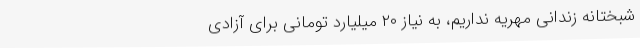
شبختانه زندانی مهریه نداریم، به نیاز ۲۰ میلیارد تومانی برای آزادی